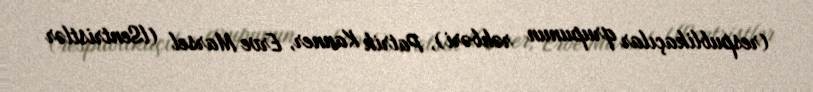
(respublikaçılar qrupunun rəhbəri), Patrik Kanner, Erve Marsel (lSentristlər